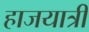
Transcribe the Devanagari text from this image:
हाजयात्री